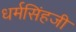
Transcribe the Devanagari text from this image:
धर्मसिंहजी